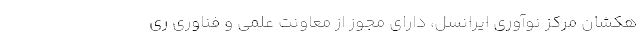
هکشانِ مرکز نوآوری ایرانسل، دارای مجوز از معاونت علمی و فناوری ری